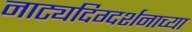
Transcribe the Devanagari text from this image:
नाट्यदिग्दर्शनाच्या